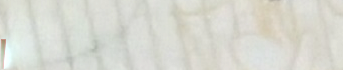
WE DELIVER